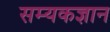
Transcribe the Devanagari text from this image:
सम्यकज्ञान